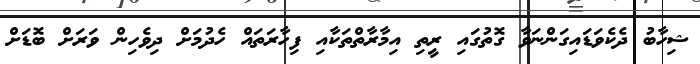
ޝިހާބު ދެކެވަޑައިގަންނަވާ ގޮތުގައި ރީތި އިމާރާތްތަކާއި ފިހާރަތައް ހެދުމަށް ދިވެހިން ވަރަށް ބޮޑަށް